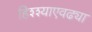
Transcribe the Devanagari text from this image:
हिश्श्याएवढ्या